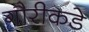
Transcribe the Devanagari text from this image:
गौरीकडे